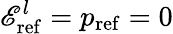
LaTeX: \mathscr{E}_{\mathrm{ref}}^{l}=p_{\mathrm{ref}}=0